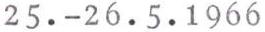
25.-26.5.1966